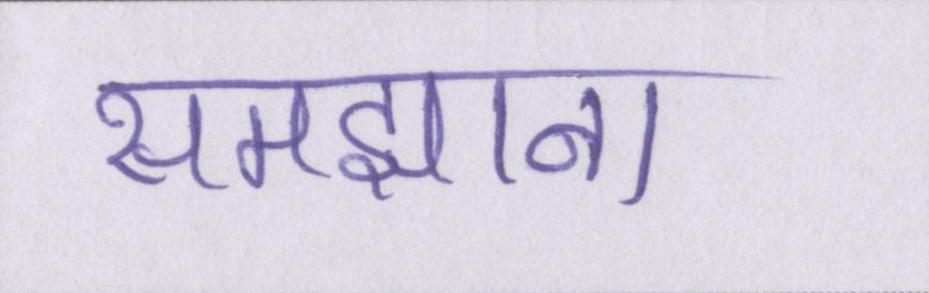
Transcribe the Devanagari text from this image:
समझाना